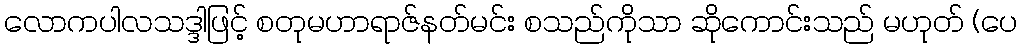
လောကပါလသဒ္ဒါဖြင့် စတုမဟာရာဇ်နတ်မင်း စသည်ကိုသာ ဆိုကောင်းသည် မဟုတ် (ပေ